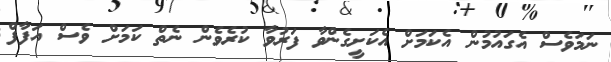
ނަމަވެސް އެގައުމުން އެކަމަށް އެކަށީގެންވާ ފަރުވާ ކުރެވެން ނެތް ކަމަށް ވެސް އަފާފް